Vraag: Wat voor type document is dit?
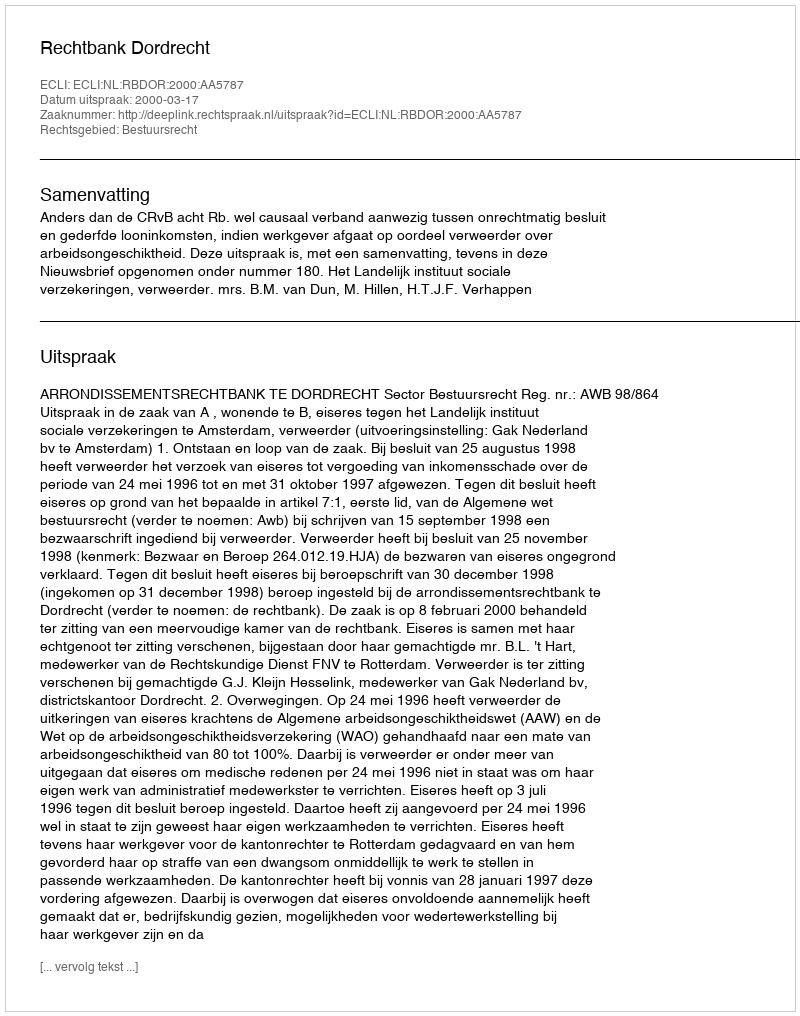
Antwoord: Uitspraak